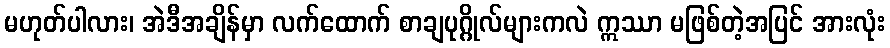
မဟုတ်ပါလား၊ အဲဒီအချိန်မှာ လက်ထောက် စာချပုဂ္ဂိုလ်များကလဲ ဣဿာ မဖြစ်တဲ့အပြင် အားလုံး